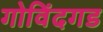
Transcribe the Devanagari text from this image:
गोविंदगड